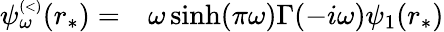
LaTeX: \begin{array}{rl}{\psi_{\omega}^{\scriptscriptstyle(<)}(r_{*})=}&{{}\omega\sinh(\pi\omega)\Gamma(-i\omega)\psi_{1}(r_{*})}\end{array}